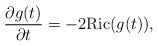
LaTeX: \begin{align*} \frac{\partial g(t)}{\partial t} &= -2{\rm Ric}(g(t)), \end{align*}